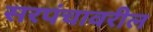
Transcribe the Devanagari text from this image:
सरपंचावरील